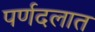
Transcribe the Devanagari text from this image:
पर्णदलात